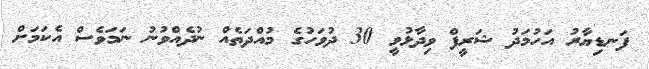
ފަނޑިޔާރު އަހުމަދު ޝަރީފް ވިދާޅުވީ 30 ދުވަހުގެ މުއްދަތެއް ނުދެއްވުނު ނަމަވެސް އެކަމަށް